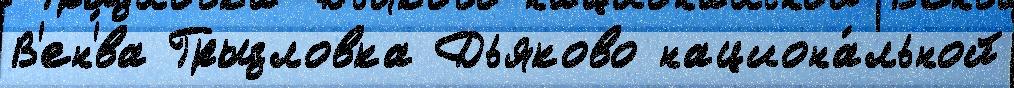
В'ен'́ва Грызловка Дьяково национа́льной